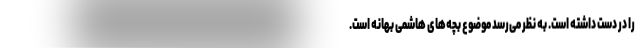
را در دست داشته است. به نظر می‌رسد موضوع بچه‌های هاشمی بهانه است.